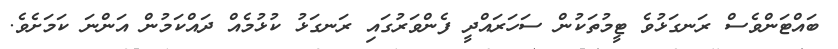
ބައްޓަންވެސް ރަނގަޅުވެ ޓީމުތަކުން ސަހަރައްދީ ފެންވަރުގައި ރަނގަޅު ކުޅުމެއް ދައްކަމުން އަންނަ ކަމަށެވެ.